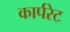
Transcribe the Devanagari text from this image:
कार्परेट